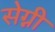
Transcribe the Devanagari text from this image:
सेग्नी